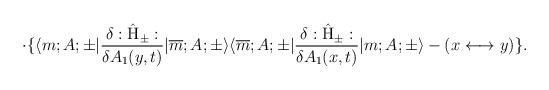
LaTeX: \begin{align*}\cdot \{ \langle m;A;\pm|\frac{\delta : \hat{\rm H}_{\pm}:}{\delta A_1(y,t)}|\overline{m};A;\pm \rangle \langle \overline{m};A;\pm| \frac{\delta :\hat{\rm H}_{\pm}:} {\delta A_1(x,t)}|m;A;\pm \rangle - (x \longleftrightarrow y) \}. \\\end{align*}